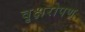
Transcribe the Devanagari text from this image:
वृक्षरोपण